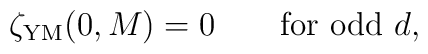
\zeta_{\rm YM}(0,M)=0 \qquad {\rm for \ odd\ } d,